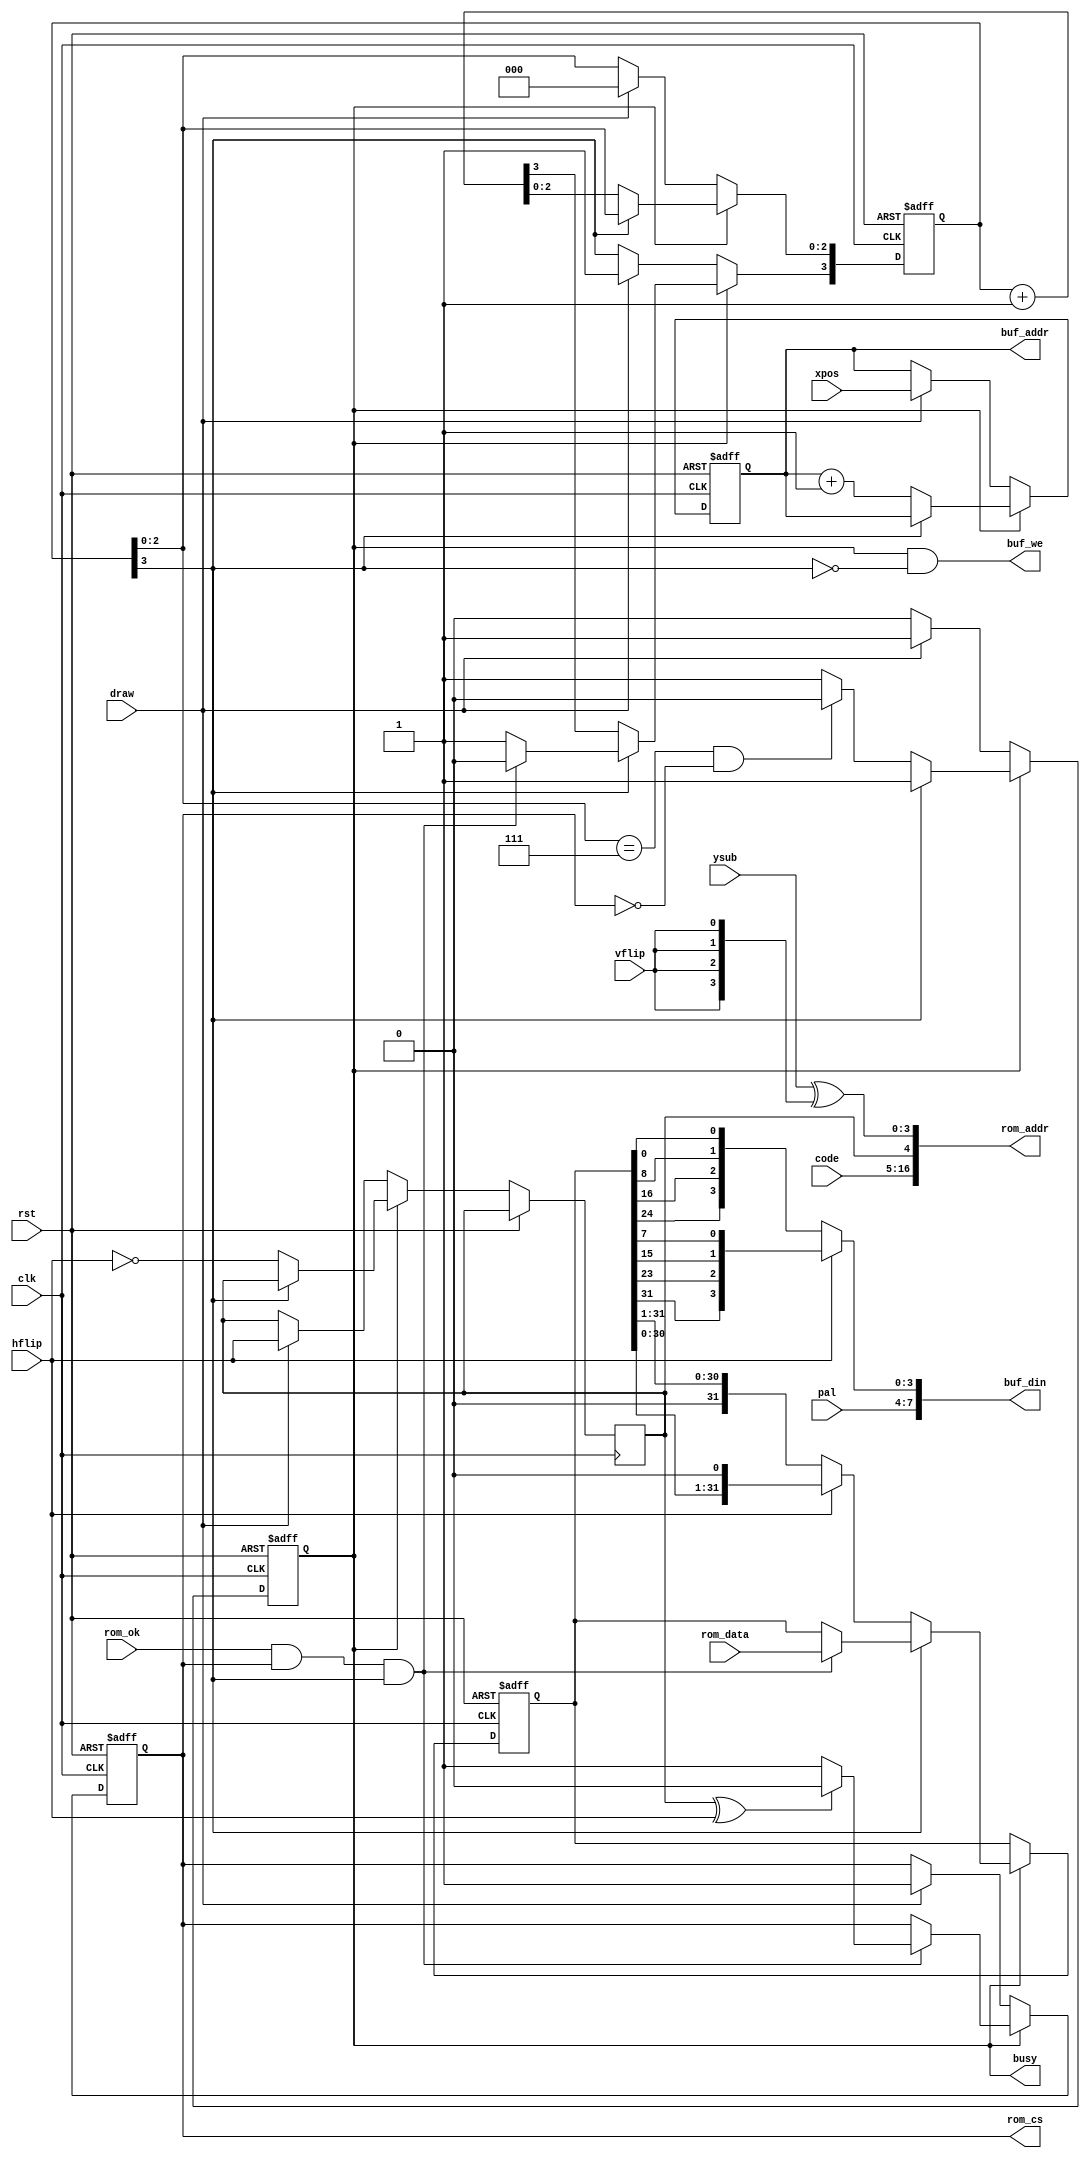
/*  This file is part of JTFRAME.
    JTFRAME program is free software: you can redistribute it and/or modify
    it under the terms of the GNU General Public License as published by
    the Free Software Foundation, either version 3 of the License, or
    (at your option) any later version.

    JTFRAME program is distributed in the hope that it will be useful,
    but WITHOUT ANY WARRANTY; without even the implied warranty of
    MERCHANTABILITY or FITNESS FOR A PARTICULAR PURPOSE.  See the
    GNU General Public License for more details.

    You should have received a copy of the GNU General Public License
    along with JTFRAME.  If not, see <http://www.gnu.org/licenses/>.

    Author: Jose Tejada Gomez. Twitter: @topapate
    Version: 1.0
    Date: 18-12-2022 */

// Draws one line of a 16x16 tile
// It could be extended to 32x32 easily

module jtframe_draw#( parameter
    CW    = 12,    // code width
    PW    =  8,    // pixel width (lower four bits come from ROM)
    SWAPH =  0     // swaps the two horizontal halves of the tile
)(
    input               rst,
    input               clk,

    input               draw,
    output reg          busy,
    input    [CW-1:0]   code,
    input      [ 8:0]   xpos,
    input      [ 3:0]   ysub,

    input               hflip,
    input               vflip,
    input      [PW-5:0] pal,

    output     [CW+6:2] rom_addr,
    output reg          rom_cs,
    input               rom_ok,
    input      [31:0]   rom_data,

    output reg [ 8:0]   buf_addr,
    output              buf_we,
    output     [PW-1:0] buf_din
);

// Each tile is 16x16 and comes from the same ROM
// but it looks like the sprites have the two 8x16 halves swapped

reg  [31:0] pxl_data;
reg         rom_lsb;
reg  [ 3:0] cnt;
wire [ 3:0] ysubf, pxl;

assign ysubf   = ysub^{4{vflip}};
assign buf_din = { pal, pxl };
assign pxl     = hflip ?
    { pxl_data[31], pxl_data[23], pxl_data[15], pxl_data[ 7] } :
    { pxl_data[24], pxl_data[16], pxl_data[ 8], pxl_data[ 0] };

assign rom_addr = { code, rom_lsb^SWAPH[0], ysubf[3:0] };
assign buf_we   = busy & ~cnt[3];

always @(posedge clk, posedge rst) begin
    if( rst ) begin
        rom_cs   <= 0;
        buf_addr <= 0;
        pxl_data <= 0;
        busy     <= 0;
        cnt      <= 0;
    end else begin
        if( !busy ) begin
            if( draw ) begin
                rom_lsb  <= hflip; // 14+4 = 18 (+2=20)
                rom_cs   <= 1;
                buf_addr <= xpos;
                busy     <= 1;
                cnt      <= 8;
            end
        end else begin
            if( rom_ok && rom_cs && cnt[3]) begin
                pxl_data <= rom_data;
                cnt[3]   <= 0;
                if( rom_lsb^hflip ) begin
                    rom_cs <= 0;
                end else begin
                    rom_cs <= 1;
                end
            end
            if( !cnt[3] ) begin
                cnt      <= cnt+1'd1;
                buf_addr <= buf_addr+1'd1;
                pxl_data <= hflip ? pxl_data << 1 : pxl_data >> 1;
                rom_lsb  <= ~hflip;
                if( cnt[2:0]==7 && !rom_cs ) busy <= 0;
            end
        end
    end
end

endmodule